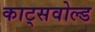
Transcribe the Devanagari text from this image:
काट्सवोल्ड